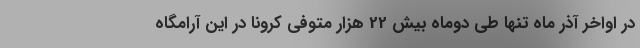
در اواخر آذر ماه تنها طی دوماه بیش 22 هزار متوفی کرونا در این آرامگاه